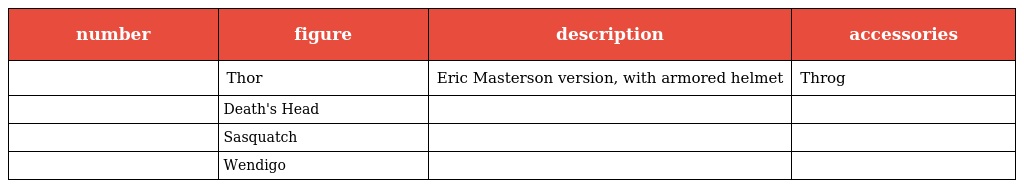
| number | figure | description | accessories |
 | --- | --- | --- | --- |
 |  | Thor | Eric Masterson version, with armored helmet | Throg |
 |  | Death's Head |  |  |
 |  | Sasquatch |  |  |
 |  | Wendigo |  |  |